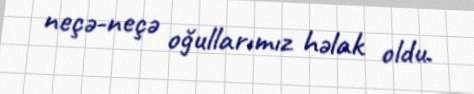
neçə-neçə oğullarımız həlak oldu.